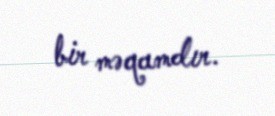
bir məqamdır.